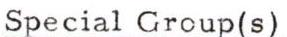
Special Group(s)